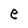
Character: e